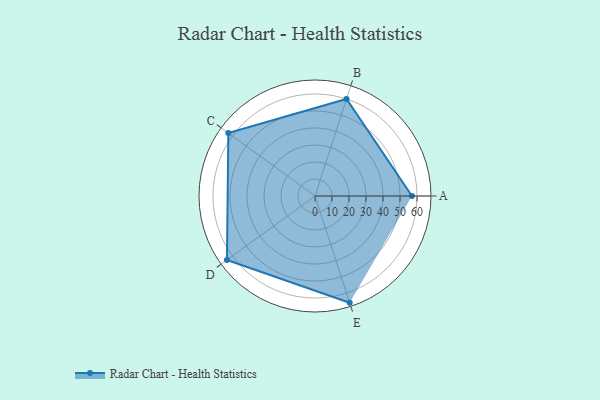
{"axis": {"x": "Skill", "y": "Score"}, "legend": ["Profile"], "data": [{"x": "A", "y": 57.0, "type": "Profile"}, {"x": "B", "y": 60.0, "type": "Profile"}, {"x": "C", "y": 63.0, "type": "Profile"}, {"x": "D", "y": 64.0, "type": "Profile"}, {"x": "E", "y": 66.0, "type": "Profile"}]}